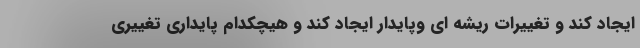
ایجاد کند و تغییرات ریشه ای وپایدار ایجاد کند و هیچکدام پایداری تغییری